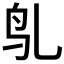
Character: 𬷻